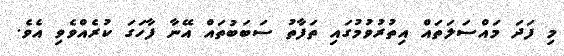
މި ފަދަ މައްސަލަތައް އިތުރުވުމުގައި ތަފާތު ސަބަބުތައް އޭނާ ފާހަގަ ކުރެއްވެވި އެވެ.